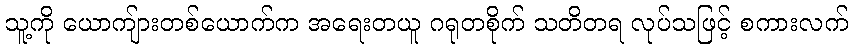
သူ့ကို ယောကျ်ားတစ်ယောက်က အရေးတယူ ဂရုတစိုက် သတိတရ လုပ်သဖြင့် စကားလက်